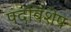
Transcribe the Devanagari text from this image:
पदविशेष